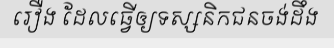
រឿង ដែលធ្វើឲ្យទស្សនិកជនចង់ដឹង